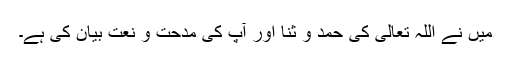
میں نے اللہ تعالیٰ کی حمد و ثنا اور آپ کی مدحت و نعت بیان کی ہے۔